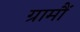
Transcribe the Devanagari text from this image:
ग्रामौं